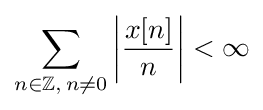
\sum _{n\in \mathbb {Z} ,\,n\neq 0}\left|{\frac {x[n]}{n}}\right|<\infty